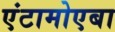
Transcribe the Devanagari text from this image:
एंटामोएबा